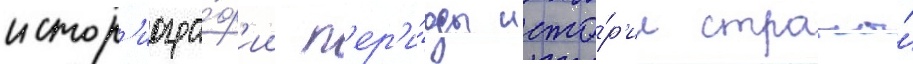
истор'иогра́ф'ии п'ер'и́оды исто́р'ии страны́